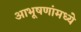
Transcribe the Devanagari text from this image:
आभूषणांमध्ये